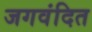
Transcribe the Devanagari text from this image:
जगवंदित